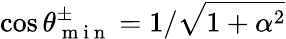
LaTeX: \cos{\theta_{\mathrm{~m~i~n~}}^{\pm}}=1/\sqrt{1+\alpha^{2}}